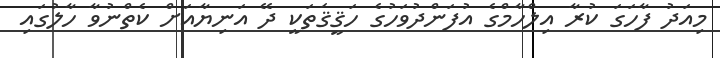
މިއަދު ފާހަގަ ކުރާ އިލްހާމްގެ އުފަންދުވަހުގެ ހަޤީޤަތަކީ ދޭ އަނިޔާއަށް ކެތްނުވާ ހާލުގައި